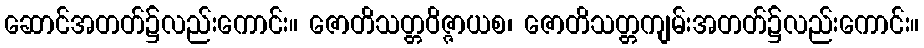
ဆောင်အတတ်၌လည်းကောင်း။ ဇောတိသတ္တဝိဇ္ဇာယစ၊ ဇောတိသတ္တကျမ်းအတတ်၌လည်းကောင်း။